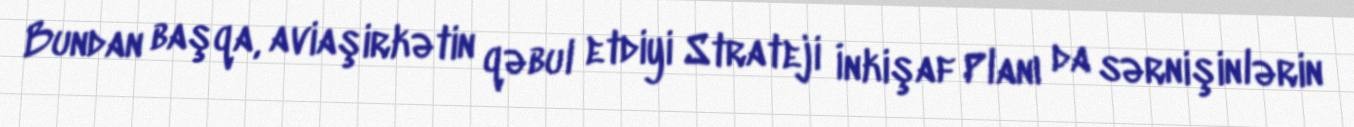
Bundan başqa, aviaşirkətin qəbul etdiyi Strateji İnkişaf Planı da sərnişinlərin